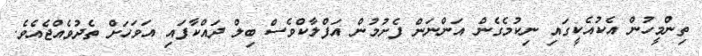
ތިންމީހުން އެކުއެކީގައި ނިކުމެގެން އަންނަން ފެށުމުން އަފްލާކްވެސް ބިލް ދައްކާފައި އަވަހަށް ތެދުވެއްޖެއެވެ.